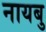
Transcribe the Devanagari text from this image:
नायबु